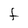
Character: F